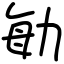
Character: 勄